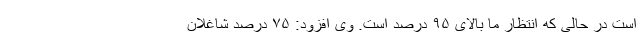
است در حالی که انتظار ما بالای ۹۵ درصد است. وی افزود: ۷۵ درصد شاغلان